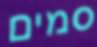
סמים